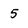
Character: 5